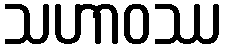
သဟာဝဿ